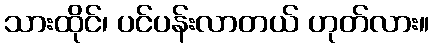
သားထိုင်၊ ပင်ပန်းလာတယ် ဟုတ်လား။